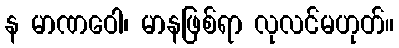
န မာဏဝေါ၊ မာနဖြစ်ရာ လုလင်မဟုတ်။